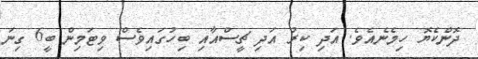
ދޮންކެޔޮ ހިމެނެއެވެ. އަދި ކިރު އަދި ޗީސްއާއި ބިހުގައިވެސް ވިޓަމިން ބީ6 ގިނަ